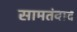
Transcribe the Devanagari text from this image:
सामतंवाद